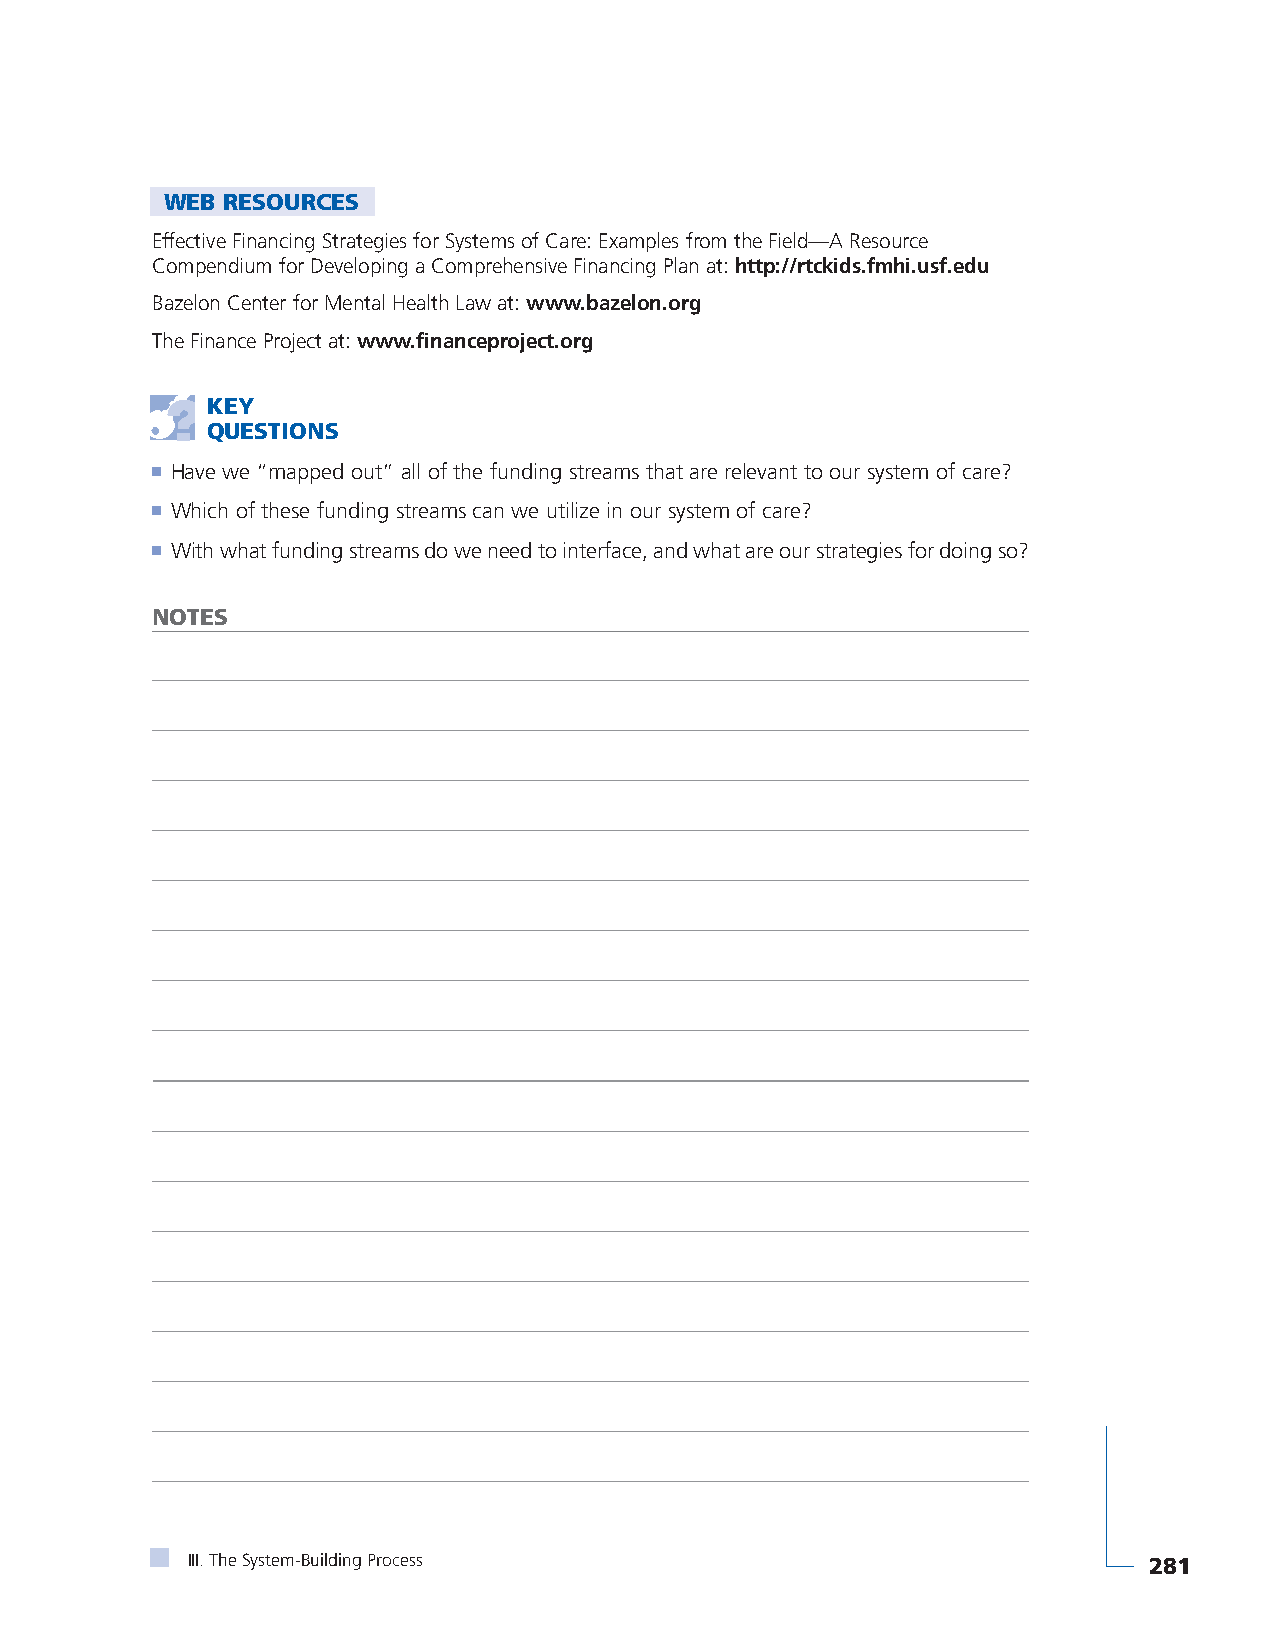
WEB RESOURCES
 Effective Financing Strategies for Systems of Care: Examples from the Field—A Resource
 Compendium for Developing a Comprehensive Financing Plan at: http://rtckids.fmhi.usf.edu
 Bazelon Center for Mental Health Law at: www.bazelon.org
 The Finance Project at: www.financeproject.org
 KEY
 QUESTIONS
 ■ Have we “mapped out” all of the funding streams that are relevant to our system of care?
 ■ Which of these funding streams can we utilize in our system of care?
 ■ With what funding streams do we need to interface, and what are our strategies for doing so?
 NOTES
 III. The System-Building Process                                281